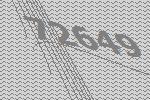
72649